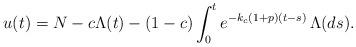
LaTeX: \begin{align*}u(t)=N- c \Lambda(t)-(1-c)\int_0^t e^{-k_c(1+p)(t-s)}\,\Lambda(ds). \end{align*}